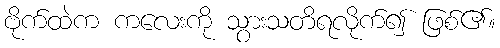
ဗိုက်ထဲက ကလေးကို သွားသတိရလိုက်၍ ဖြစ်၏။